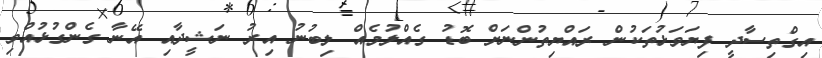
އިގްތިސާދީ ފިޔަވަޅުތަކުން ރައްޔިތުންނަށް ބޮޑު ގެއްލުމެއް ލިބުނު އިރު ނަޝީދާއި އޭނާ ގެންގުޅުއްވި